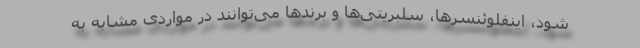
شود، اینفلوئنسرها، سلبریتی‌ها و برندها می‌توانند در مواردی مشابه به